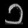
Digit: ၁